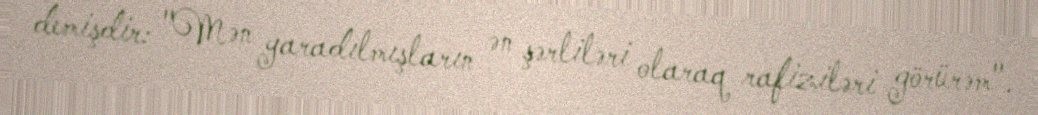
demişdir: "Mən yaradılmışların ən şərliləri olaraq rafiziləri görürəm".